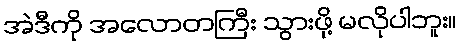
အဲဒီကို အလောတကြီး သွားဖို့ မလိုပါဘူး။